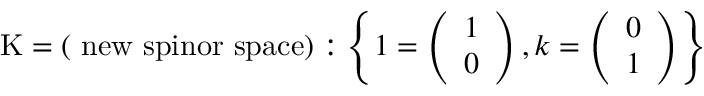
\mathrm { K = ( ~ n e w ~ s p i n o r ~ s p a c e ) } : \left\{ 1 = \left( \begin{array} { l } { { 1 } } \\ { { 0 } } \end{array} \right) , k = \left( \begin{array} { l } { { 0 } } \\ { { 1 } } \end{array} \right) \right\}